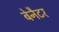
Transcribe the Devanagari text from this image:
बेनैटर